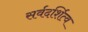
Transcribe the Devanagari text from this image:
सर्वदर्शित्व